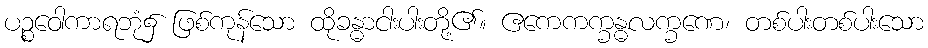
ပဉ္စဝေါကာရဘုံ၌ ဖြစ်ကုန်သော ထိုခန္ဓာငါးပါးတို့၏။ ဧကေကက္ခန္ဓလက္ခဏေ၊ တစ်ပါးတစ်ပါးသော